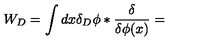
W _ { D } = \int d x \delta _ { D } \phi * { \frac { \delta } { \delta \phi ( x ) } } =